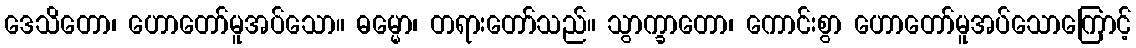
ဒေသိတော၊ ဟောတော်မူအပ်သော။ ဓမ္မော၊ တရားတော်သည်။ သွာက္ခာတော၊ ကောင်းစွာ ဟောတော်မူအပ်သောကြောင့်